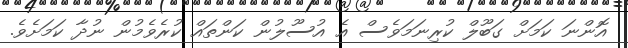
އޮންނަ ކަމަށް ގަބޫލް ކުރިނަމަވެސް އެ އުސޫލުން ކަންތައް ކުރެވެމުން ނުދާ ކަމަށެވެ.